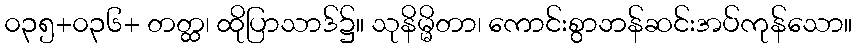
၀၃၅+၀၃၆+ တတ္ထ၊ ထိုပြာသာဒ်၌။ သုနိမ္မိတာ၊ ကောင်းစွာဘန်ဆင်းအပ်ကုန်သော။